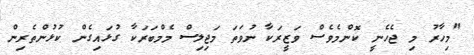
"މިހާރު މި ޖެހެނީ ކޮންމެވެސް ވަޒީރަކާ ނުވަތަ މަޖިލިސް މެމްބަރަކާ ގުޅައިގެން ކުޅުންތެރިން